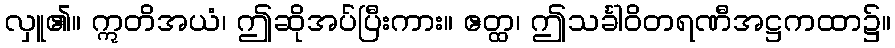
လှူ၏။ ဣတိအယံ၊ ဤဆိုအပ်ပြီးကား။ ဧတ္ထ၊ ဤသင်္ခါဝိတရဏီအဋ္ဌကထာ၌။